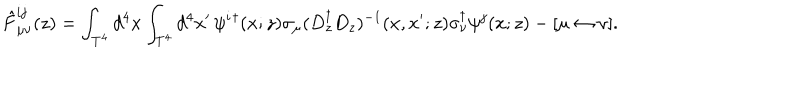
LaTeX: \hat { F } _ { \mu \nu } ^ { i j } ( z ) = \int _ { T ^ { 4 } } d ^ { 4 } x \int _ { T ^ { 4 } } d ^ { 4 } x ^ { \prime } \, \psi ^ { i } { } ^ { \dagger } ( x ; z ) \sigma _ { \mu } ( D _ { z } ^ { \dagger } D _ { z } ) ^ { - 1 } ( x , x ^ { \prime } ; z ) \sigma _ { \nu } ^ { \dagger } \psi ^ { j } ( x ; z ) - [ \mu \leftrightarrow \nu ] .